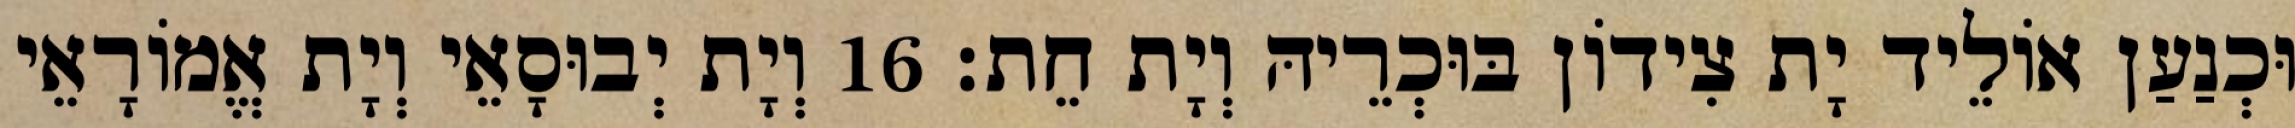
וּכְנַעַן אוֹלֵיד יָת צִידוֹן בּוּכְרֵיהּ וְיָת חֵת׃ 16 וְיָת יְבוּסָאֵי וְיָת אֱמוֹרָאֵי